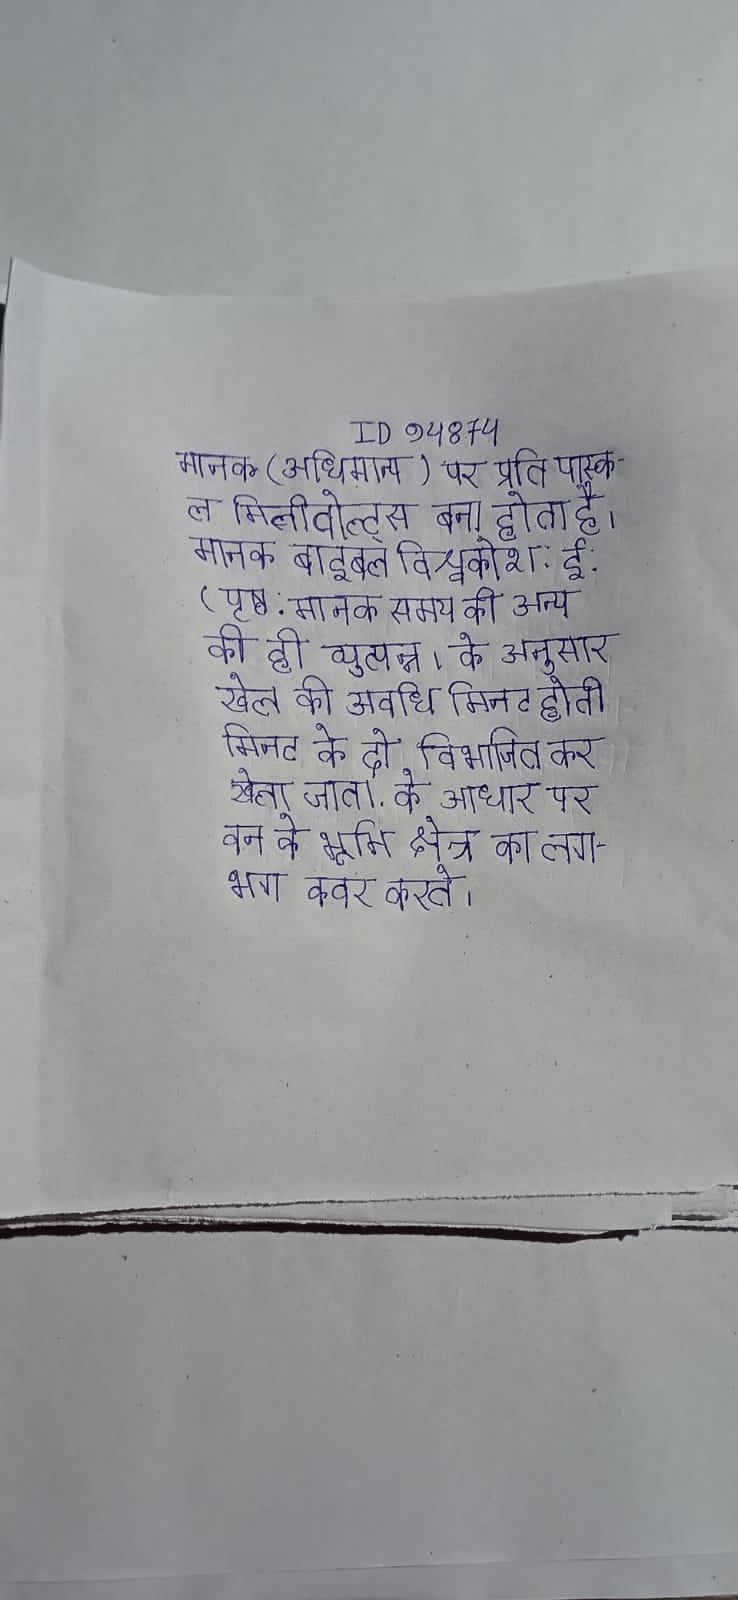
मानक (अधिमान्य) पर प्रति पास्कल मिलीवोल्ट्स बना होता है । मानक बाइबल विश्वकोश: ई. (पृष्ठ . मानक समय की अन्य की ही व्युत्पन्न । के अनुसार खेल की अवधि मिनट होती है मिनट के दो विभाजित कर खेला जाता . के आधार पर वन के भूमि क्षेत्र का लगभग कवर करते ।